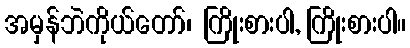
အမှန်ဘဲကိုယ်တော်၊ ကြိုးစားပါ, ကြိုးစားပါ။